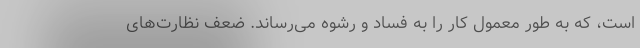
است، که به طور معمول کار را به فساد و رشوه می‌رساند. ضعف نظارت‌های